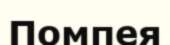
Помпея